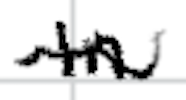
Text: In
Cross-out: wave
Writing tool: digital_black